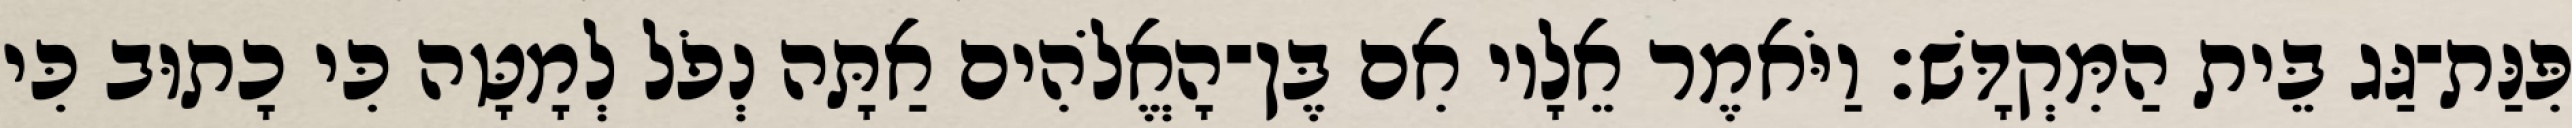
פִּנַּת־גַּג בֵּית הַמִּקְדָּשׁ׃ וַיֹּאמֶר אֵלָיו אִם בֶּן־הָאֱלֹהִים אַתָּה נְפֹל לְמָטָּה כִּי כָתוּב כִּי